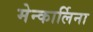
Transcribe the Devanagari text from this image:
मेन्कार्लिना